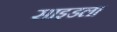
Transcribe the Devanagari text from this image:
साइडला